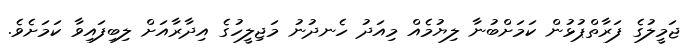
ޖަމީލުގެ ފަރާތްޕުޅުން ކަމަށްބުނާ ލިޔުމެއް މިއަދު ހެނދުނު މަޖިލީހުގެ އިދާރާއަށް ލިބިފައިވާ ކަމަށެވެ.